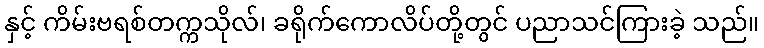
နှင့် ကိမ်းဗရစ်တက္ကသိုလ်၊ ခရိုက်ကောလိပ်တို့တွင် ပညာသင်ကြားခဲ့ သည်။